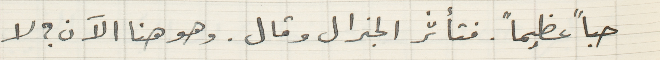
حباً عظيماً. فتأثر الجنرال وقال. وهو هنا الآن؟ لا